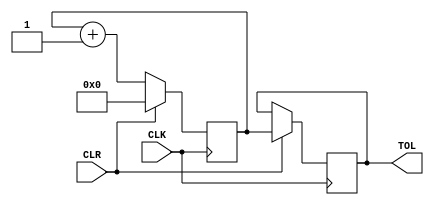
module RE_COUNTER_H   ( 
input CLK , 
input CLR , 
output reg [15:0] TOL 

);
reg [15:0] CNT ;
      

always @(posedge CLK ) begin 
	      if ( CLR ) {CNT ,  TOL}  <= {16'h0 , CNT }; 
	      else  CNT <=CNT +1 ;  
	
end 

endmodule